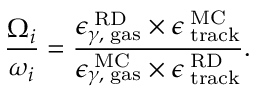
\frac { { \Omega } _ { i } } { \omega _ { i } } = \frac { \epsilon _ { \gamma , \mathrm { \tiny ~ g a s } } ^ { \mathrm { \tiny ~ R D } } \times \epsilon _ { \mathrm { \tiny ~ t r a c k } } ^ { \mathrm { \tiny ~ M C } } } { \epsilon _ { \gamma , \mathrm { \tiny ~ g a s } } ^ { \mathrm { \tiny ~ M C } } \times \epsilon _ { \mathrm { \tiny ~ t r a c k } } ^ { \mathrm { \tiny ~ R D } } } .